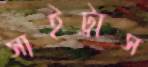
সাইট্রাস